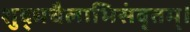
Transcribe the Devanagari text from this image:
शुद्धचैलाभिसंवृतम्।